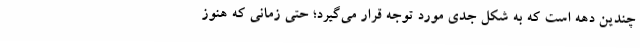
چندین دهه است که به شکل جدی مورد توجه قرار می‌گیرد؛ حتی زمانی که هنوز